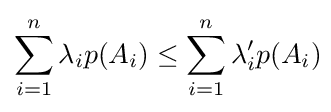
\sum _{i=1}^{n}{\lambda _{i}p(A_{i})}\leq \sum _{i=1}^{n}{\lambda '_{i}p(A_{i})}\!